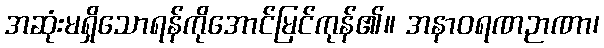
အဆုံးမရှိသောရန်ကိုအောင်မြင်ကုန်၏။ အနာဝရဏဉာဏာ၊